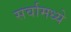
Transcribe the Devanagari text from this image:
सर्वामध्ये